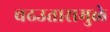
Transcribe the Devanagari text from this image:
चढउतारामुळे